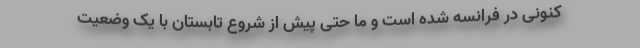
کنونی در فرانسه شده است و ما حتی پیش از شروع تابستان با یک وضعیت